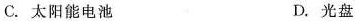
C.太阳能电池 D.光盘